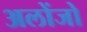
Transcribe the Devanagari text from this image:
अलोंजो